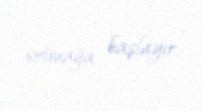
solmağa başlayır.